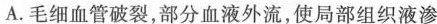
A.毛细血管破裂，部分血液外流，使局部组织液渗